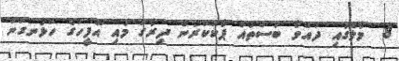
8  މާލޭގައި ދުއްވާ ބަސްތައް ޕާކުކުރަން ދިރާގު މައި އޮފީހުގެ ހުޅަނގުން